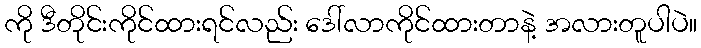
ကို ဒီတိုင်းကိုင်ထားရင်လည်း ဒေါ်လာကိုင်ထားတာနဲ့ အလားတူပါပဲ။